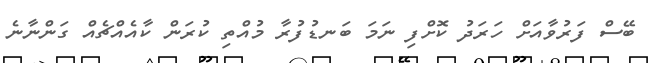
ބޭސް ފަރުވާއަށް ހަރަދު ކޮށްފި ނަމަ ބަނޑުފުރާ މުއްތި ކުރަން ކާއެއްޗެއް ގަންނާނެ